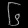
Digit: ၆